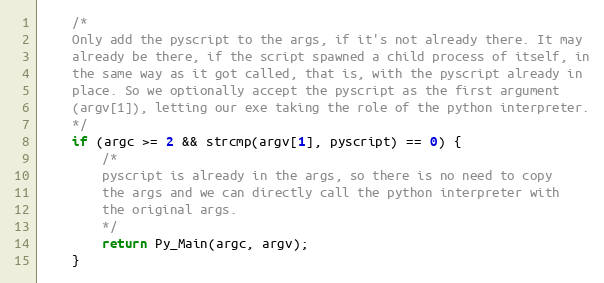
Language: C
	/*
	Only add the pyscript to the args, if it's not already there. It may
	already be there, if the script spawned a child process of itself, in
	the same way as it got called, that is, with the pyscript already in
	place. So we optionally accept the pyscript as the first argument
	(argv[1]), letting our exe taking the role of the python interpreter.
	*/
	if (argc >= 2 && strcmp(argv[1], pyscript) == 0) {
		/*
		pyscript is already in the args, so there is no need to copy
		the args and we can directly call the python interpreter with
		the original args.
		*/
		return Py_Main(argc, argv);
	}